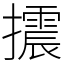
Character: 𢸍